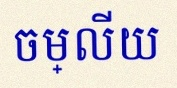
ចម្លើយ